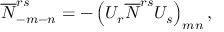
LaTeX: \overline { { { N } } } _ { - m - n } ^ { r s } = - \left( U _ { r } \overline { { { N } } } ^ { r s } U _ { s } \right) _ { m n } ,